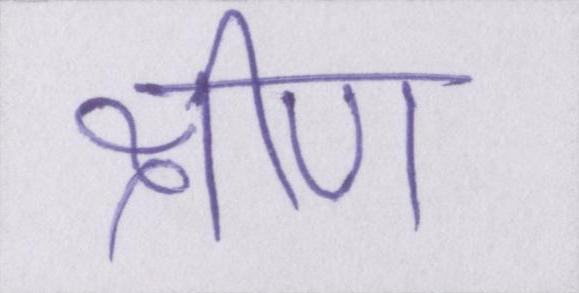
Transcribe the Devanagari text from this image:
क्षीण